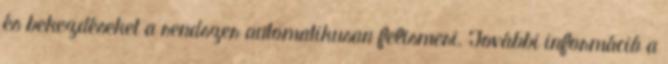
és bekezdéseket a rendszer automatikusan felismeri. További információ a